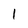
Character: 1